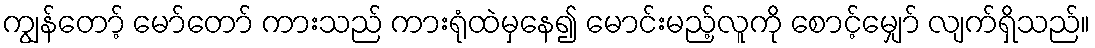
ကျွန်တော့် မော်တော် ကားသည် ကားရုံထဲမှနေ၍ မောင်းမည့်လူကို စောင့်မျှော် လျက်ရှိသည်။